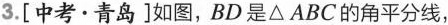
3.[中考 \cdot 青岛]如图，BD是△ABC的角平分线，